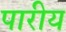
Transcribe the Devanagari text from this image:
पारीय